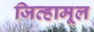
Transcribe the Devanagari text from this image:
जिव्हामूल